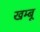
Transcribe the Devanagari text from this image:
खम्बू